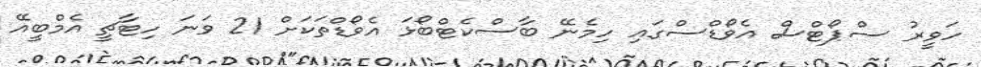
ހަވީރު ސްޕޯޓްސް އެވޯޑްސްގައި ހިމެނޭ ބާސްކެޓްބޯޅަ އެވޯޑްތަކަށް 21 ވަނަ ހިޓާޗީ އެމްބީއޭ